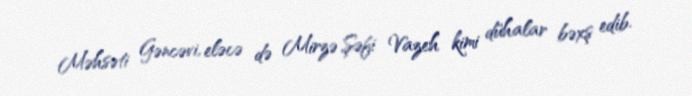
Məhsəti Gəncəvi, eləcə də Mirzə Şəfi Vazeh kimi dühalar bəxş edib.